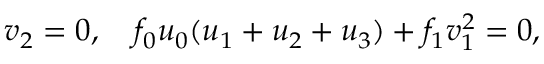
v _ { 2 } = 0 , ~ ~ ~ f _ { 0 } u _ { 0 } ( u _ { 1 } + u _ { 2 } + u _ { 3 } ) + f _ { 1 } v _ { 1 } ^ { 2 } = 0 ,